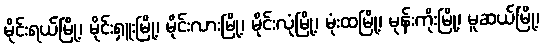
မိုင်းရယ်မြို့၊ မိုင်းရှူးမြို့၊ မိုင်းလားမြို့၊ မိုင်းလုံမြို့၊ မုံးထမြို့၊ မုန်းကိုးမြို့၊ မူဆယ်မြို့၊